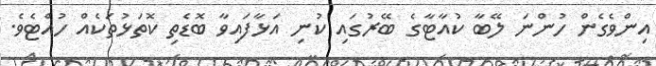
އިންވެގެން ހުންނަ ލޭބާ ކުއާޓާގެ ބޭރުގައި ކުނި އަޅާފައިވާ ބޮޑެތި ކޮތަޅުތަކެއް ހުއްޓެވެ.